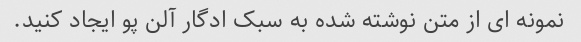
نمونه ای از متن نوشته شده به سبک ادگار آلن پو ایجاد کنید.